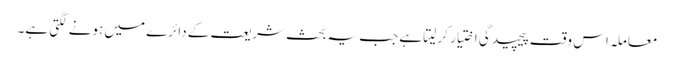
معاملہ اس وقت پیچیدگی اختیار کر لیتا ہے جب یہ بحث شریعت کے دائرے میں ہونے لگتی ہے۔